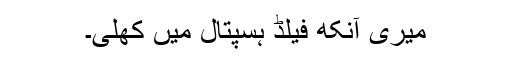
میری آنکھ فیلڈ ہسپتال میں کھلی۔